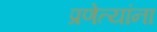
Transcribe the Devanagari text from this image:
प्रणेत्यांना